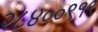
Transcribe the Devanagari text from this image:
२८४००९१९